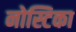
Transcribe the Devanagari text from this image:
नोस्टिका